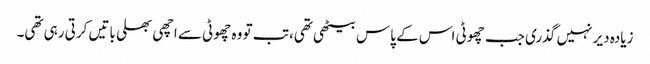
زیادہ دیر نہیں گذری جب چھوٹی اس کے پاس بیٹھی تھی، تب تو وہ چھوٹی سے اچھی بھلی باتیں کرتی رہی تھی۔